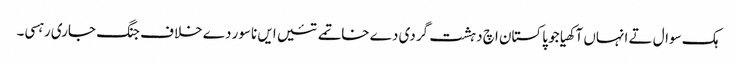
ہک سوال تے انہاں آکھیا جو پاکستان اچ دہشت گردی دے خاتمے تئیں ایں ناسور دے خلاف جنگ جاری رہسی۔